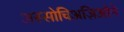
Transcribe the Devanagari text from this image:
अस्सोचिअज़िओने